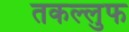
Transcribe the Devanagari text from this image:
तकल्लुफ